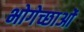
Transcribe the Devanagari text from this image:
भोगेच्छाओं